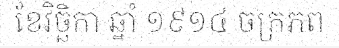
ខែវិច្ឆិកា ឆ្នាំ ១៩១៤ ចក្រភព